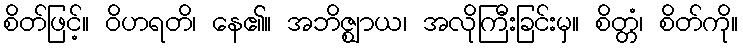
စိတ်ဖြင့်။ ဝိဟရတိ၊ နေ၏။ အဘိဇ္ဈာယ၊ အလိုကြီးခြင်းမှ။ စိတ္တံ၊ စိတ်ကို။